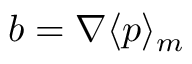
\boldsymbol { b } = \nabla { \langle p \rangle _ { m } }